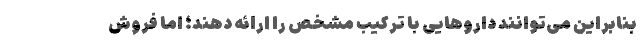
بنابراین می‌توانند داروهایی با ترکیب مشخص را ارائه دهند؛ اما فروش